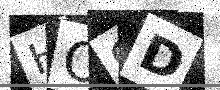
Text: HO9D